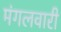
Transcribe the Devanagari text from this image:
मंगलवारी